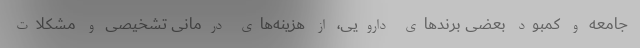
جامعه و کمبود بعضی برندهای دارویی، از هزینه‌های درمانی تشخیصی و مشکلات